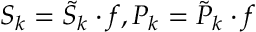
S _ { k } = \tilde { S } _ { k } \cdot f , P _ { k } = \tilde { P } _ { k } \cdot f